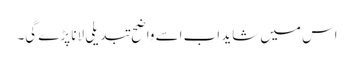
اس میں شاید اب اسے واضح تبدیلی لانا پڑے گی۔